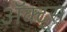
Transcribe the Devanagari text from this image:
ॲक्ट्स